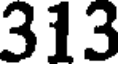
313